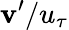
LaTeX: \mathbf{v}^{\prime}/u_{\tau}